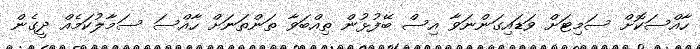
ހާއްސަކޮށް ސަމިޓަށް ވަޑައިގަންނަވާ އިސް ބޭފުޅުން ތިއްބަވާ ތަންތަނަށް ހާއްސަ ސަމާލުކަމެއް ދީގެން